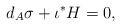
\begin{align*}d_A \sigma + \iota^{*}H=0,\end{align*}